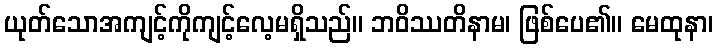
ယုတ်သောအကျင့်ကိုကျင့်လေ့မရှိသည်။ ဘဝိဿတိနာမ၊ ဖြစ်ပေ၏။ မေထုနာ၊